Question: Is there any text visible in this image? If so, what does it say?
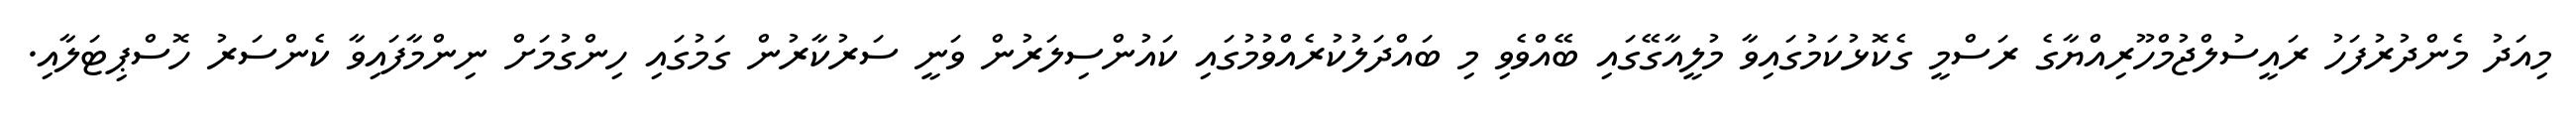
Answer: މިއަދު މެންދުރުފަހު ރައީސުލްޖުމްހޫރިއްޔާގެ ރަސްމީ ގެކޮޅުކަމުގައިވާ މުލީއާގޭގައި ބޭއްވެވި މި ބައްދަލުކުރެއްވުމުގައި ކައުންސިލަރުން ވަނީ ސަރުކާރުން ގަމުގައި ހިންގުމަށް ނިންމާފައިވާ ކެންސަރު ހޮސްޕިޓަލާއި.